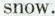
snow.